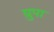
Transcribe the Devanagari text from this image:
ग्रुपा